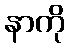
နာကို